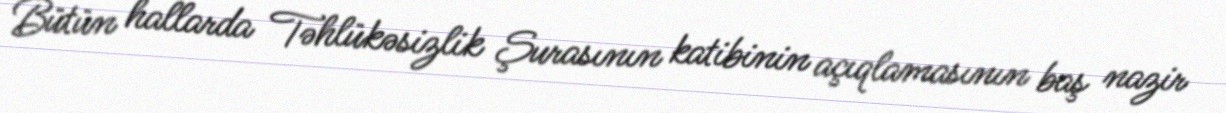
Bütün hallarda Təhlükəsizlik Şurasının katibinin açıqlamasının baş nazir